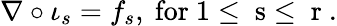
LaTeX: \nabla\circ\iota_{s}=f_{s},\mathrm{~for~1\leq~s\leq~r~}.